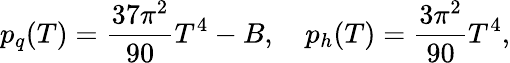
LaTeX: p_{q}(T)={\frac{37\pi^{2}}{90}}T^{4}-B,\quad p_{h}(T)={\frac{3\pi^{2}}{90}}T^{4},